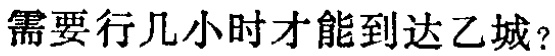
需要行几小时才能到达乙城？